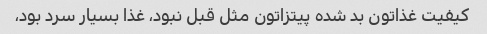
کیفیت غذاتون بد شده پیتزاتون مثل قبل نبود، غذا بسیار سرد بود،